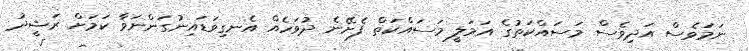
ނަމަވެސް އަދިވެސް މަސައްކަތުގެ އަމަލީ މަސައްކަތް ފެށޭނެ ދުވަހެއް އެނގިވަޑައިނުގަންނަވާ ކަމަށް ރަޝީދު